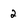
Character: 2